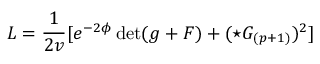
L = { \frac { 1 } { 2 v } } [ e ^ { - 2 \phi } \operatorname * { d e t } ( g + { \cal F } ) + ( \star G _ { ( p + 1 ) } ) ^ { 2 } ]